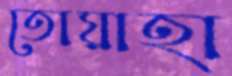
তোয়াহা